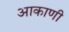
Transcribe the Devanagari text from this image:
आकाणी